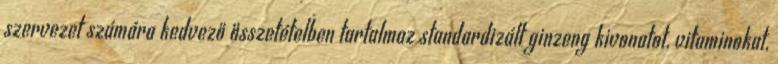
szervezet számára kedvező összetételben tartalmaz standardizált ginzeng kivonatot, vitaminokat,